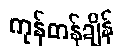
ကုန်တန်ချိန်